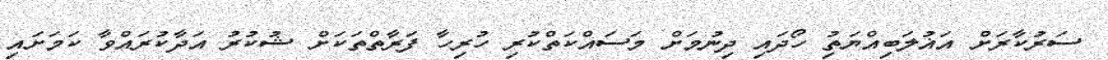
ސަރުކާރަށް އަޣުލަބިއްޔަތިު ހޯދައި ދިނުމަށް މަަސައްކަތްކުރި ހުރިހާ ފަރާތްތަކަށް ޝުކުރު އަދާކުރައްވާ ކަމަށައި